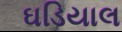
ઘડિયાલ